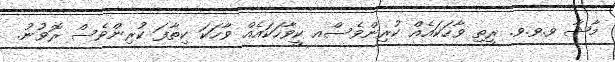
މާޝާ ވ.ވ.ވ. ރީތި ވާހަކައެއް ކުރިންވެސްއ ކީވާހަކައެއް ވާހަކަ ކިތާފަ ކުރިންވެސް ރޮވުނު.